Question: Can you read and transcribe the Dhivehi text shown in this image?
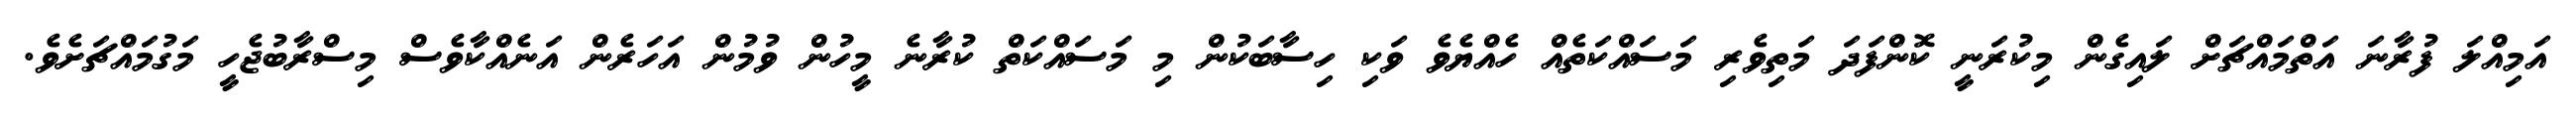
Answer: އަމިއްލަ ފުރާނަ އަތްމައްޗަށް ލައިގެން މިކުރަނީ ކޮންފަދަ މަތިވެރި މަސައްކަތެއް ހެއްޔެވެ ވަކި ހިސާބަކުން މި މަސައްކަތް ކުރާނެ މީހުން ވުމުން އަހަރެން އަނެއްކާވެސް މިސްރާބުޖެހީ މަގުމައްޗަށެވެ.